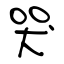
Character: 哭